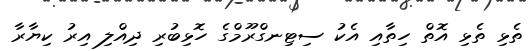
ތެޅި ތެޅި އޮތް ހިތާއި އެކު ސިޓިނގްރޫމްގެ ހޮޅިބުރި ދިއްލި އިރު ކިޔާރާ